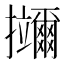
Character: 鿜